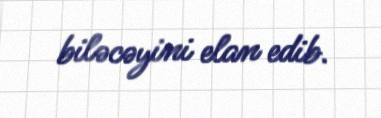
biləcəyini elan edib.